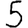
Digit: 5